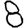
Digit: 8